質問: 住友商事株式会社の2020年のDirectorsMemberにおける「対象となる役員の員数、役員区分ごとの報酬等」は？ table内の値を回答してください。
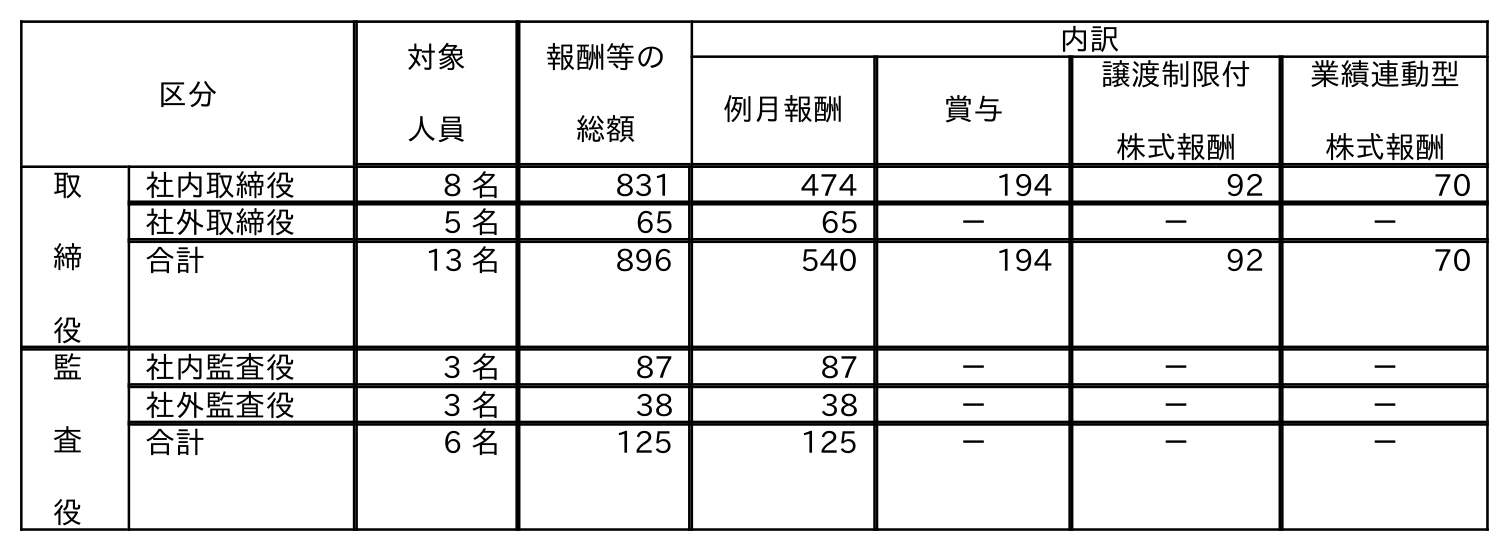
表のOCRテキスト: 区分 対象 人員 報酬等の 総額 内訳 例月報酬 賞与 譲渡制限付 株式報酬 業績連動型 株式報酬 取 締 役 社内取締役 8 名 831 474 194 92 70 社外取締役 5 名 65 65 － － － 合計 13 名 896 540 194 92 70 監 査 役 社内監査役 3 名 87 87 － － － 社外監査役 3 名 38 38 － － － 合計 6 名 125 125 － － －
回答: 13名